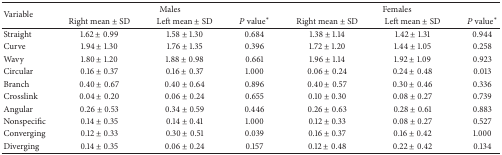
<table><thead><tr><td rowspan="2"><b>Variable</b></td><td colspan="3"><b>Males</b></td><td colspan="3"><b>Females</b></td></tr><tr><td><b>Right mean ± SD</b></td><td><b>Left mean ± SD</b></td><td><b><i>P</i> value<sup>*</sup></b></td><td><b>Right mean ± SD</b></td><td><b>Left mean ± SD</b></td><td><b><i>P</i> value<sup>*</sup></b></td></tr></thead><tbody><tr><td> Straight</td><td>1.62 ± 0.99</td><td>1.58 ± 1.30</td><td>0.684</td><td>1.38 ± 1.14</td><td>1.42 ± 1.31</td><td>0.944</td></tr><tr><td> Curve</td><td>1.94 ± 1.30</td><td>1.76 ± 1.35</td><td>0.396</td><td>1.72 ± 1.20</td><td>1.44 ± 1.05</td><td>0.258</td></tr><tr><td> Wavy</td><td>1.80 ± 1.20</td><td>1.88 ± 0.98</td><td>0.661</td><td>1.96 ± 1.14</td><td>1.92 ± 1.09</td><td>0.923</td></tr><tr><td> Circular</td><td>0.16 ± 0.37</td><td>0.16 ± 0.37</td><td>1.000</td><td>0.06 ± 0.24</td><td>0.24 ± 0.48</td><td>0.013</td></tr><tr><td> Branch</td><td>0.40 ± 0.67</td><td>0.40 ± 0.64</td><td>0.896</td><td>0.40 ± 0.57</td><td>0.30 ± 0.46</td><td>0.336</td></tr><tr><td> Crosslink</td><td>0.04 ± 0.20</td><td>0.06 ± 0.24</td><td>0.655</td><td>0.10 ± 0.30</td><td>0.08 ± 0.27</td><td>0.739</td></tr><tr><td> Angular</td><td>0.26 ± 0.53</td><td>0.34 ± 0.59</td><td>0.446</td><td>0.26 ± 0.63</td><td>0.28 ± 0.61</td><td>0.883</td></tr><tr><td> Nonspecific</td><td>0.14 ± 0.35</td><td>0.14 ± 0.41</td><td>1.000</td><td>0.12 ± 0.33</td><td>0.08 ± 0.27</td><td>0.527</td></tr><tr><td> Converging</td><td>0.12 ± 0.33</td><td>0.30 ± 0.51</td><td>0.039</td><td>0.16 ± 0.37</td><td>0.16 ± 0.42</td><td>1.000</td></tr><tr><td> Diverging</td><td>0.14 ± 0.35</td><td>0.06 ± 0.24</td><td>0.157</td><td>0.12 ± 0.48</td><td>0.22 ± 0.42</td><td>0.134</td></tr></tbody></table>